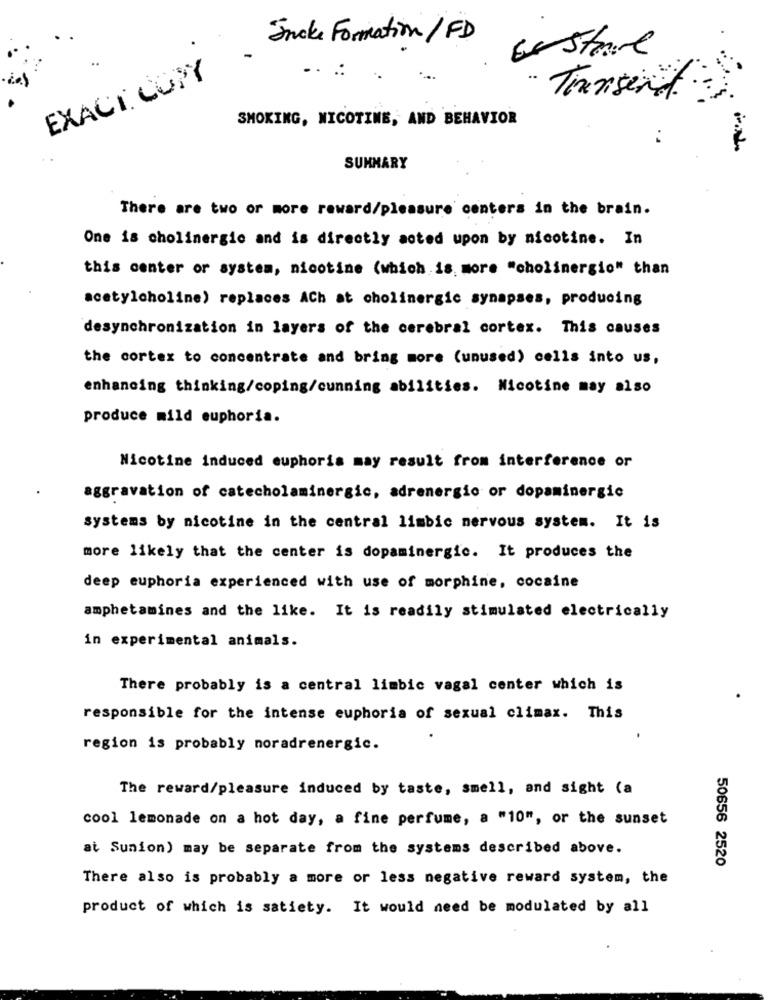
Jacke Formation / FD
EXACT COPY
Tiensend.
SMOKING, NICOTINE, AND BEHAVIOR
SUMMARY
There are two or more reward/pleasure centers in the brain.
One is cholinergic and is directly acted upon by nicotine. In
this center or system, nicotine (which is, more "cholinergic" than
acetylcholine) replaces ACh at cholinergic synapses, producing
desynchronization in layers of the cerebral cortex. This causes
the cortex to concentrate and bring more (unused) cells into us,
enhancing thinking/coping/cunning abilities. Nicotine may also
produce mild euphoria.
Nicotine induced euphoris may result from interference or
aggravation of catecholaminergic, adrenergio or dopaminergic
systems by nicotine in the central limbic nervous system. It is
more likely that the center is dopaminergic. It produces the
deep euphoria experienced with use of morphine, cocaine
amphetamines and the like. It is readily stimulated electrically
in experimental animals.
There probably is a central limbic vagal center which is
responsible for the intense euphoria of sexual climax. This
region is probably noradrenergic.
The reward/pleasure induced by taste, smell, and sight (a
cool lemonade on a hot day, a fine perfume, a "10", or the sunset
at Sunion) may be separate from the systems described above.
50656 2520
There also is probably a more or less negative reward system, the
product of which is satiety. It would need be modulated by all